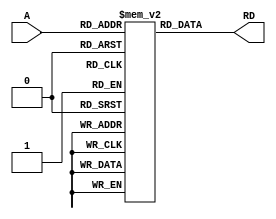
module Instruction_Memory(input [5:0] A,
            output [31:0] RD);

  reg [31:0] RAM[63:0];

  //initial
      //$readmemh("isort32.hex",RAM);

  assign RD = RAM[A];
endmodule